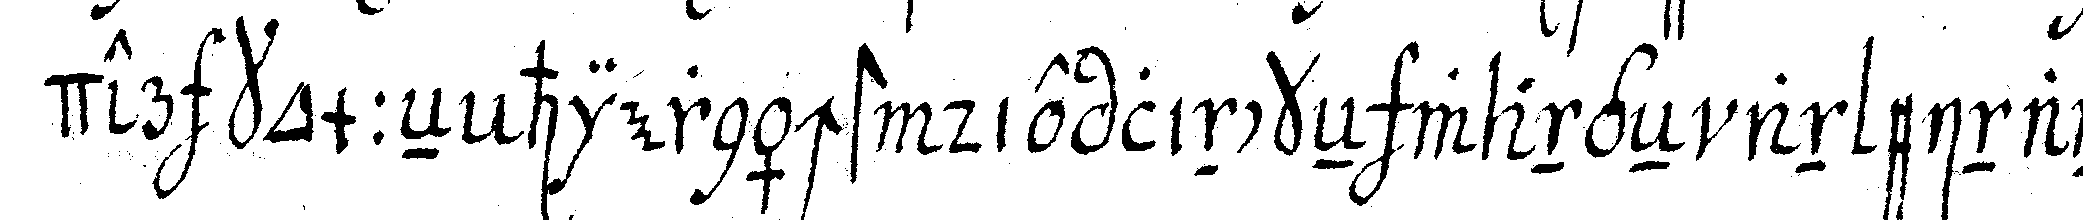
der kommeN hiernächst die linckeN wangeN an einan